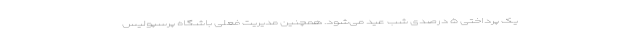
یک پرداختی ۵ درصدی شب عید می‌شود. همچنین مدیریت فعلی باشگاه پرسپولیس